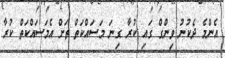
އެންމެ ދެކުނު ވިންގް ގައި ކުރާ ގިނަ މަސައްކަތް ތަށް އެމަސައްކަތް ކުރާ